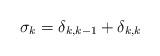
LaTeX: \begin{align*} \sigma_{k} = \delta_{{k},{k}-1} + \delta_{{k},{k}} \end{align*}